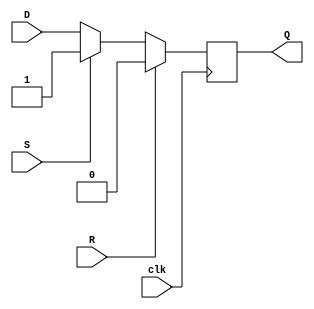
module d_ff (
    input D,
    input clk,
    input S,
    input R,
    output reg Q
);

always @ (posedge clk) begin
    if (R)
        Q <= 1'b0;
    else if (S)
        Q <= 1'b1;
    else
        Q <= D;
end

endmodule